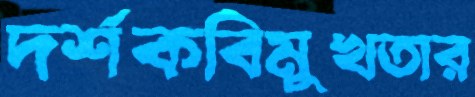
দর্শকবিমুখতার